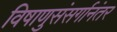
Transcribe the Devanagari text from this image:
विषाणुसंसर्गानंतर